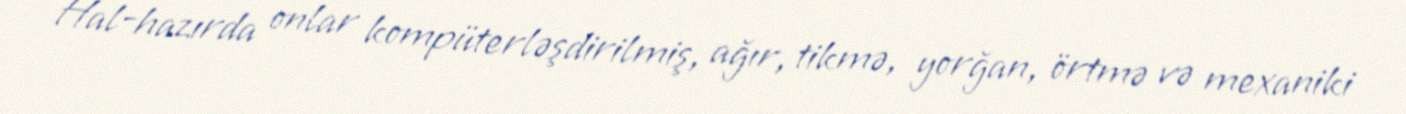
Hal-hazırda onlar kompüterləşdirilmiş, ağır, tikmə, yorğan, örtmə və mexaniki